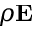
\rho { \bf E }